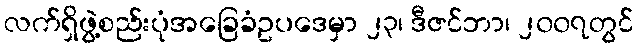
လက်ရှိဖွဲ့စည်းပုံအခြေခံဥပဒေမှာ ၂၃၊ ဒီဇင်ဘာ၊ ၂၀၀၇တွင်